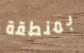
بمنطقة